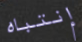
إنتباه